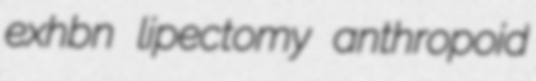
exhbn lipectomy anthropoid